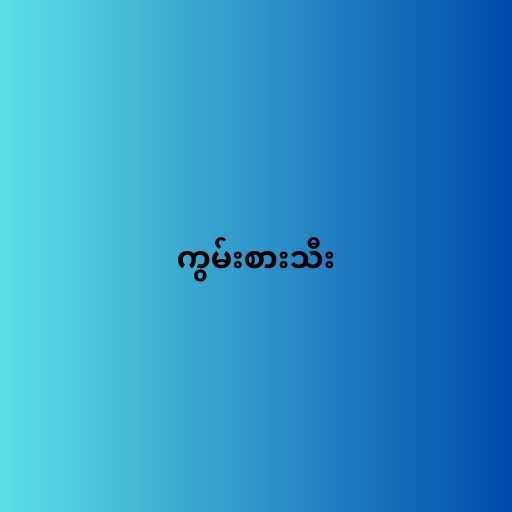
ကွမ်းစားသီး